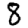
Digit: 8